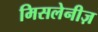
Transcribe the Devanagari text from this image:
मिसलेनीज़